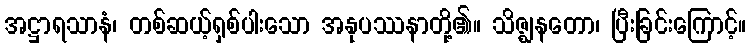
အဋ္ဌာရသာနံ၊ တစ်ဆယ့်ရှစ်ပါးသော အနုပဿနာတို့၏။ သိဇ္ဈနတော၊ ပြီးခြင်းကြောင့်။